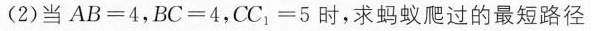
(2)当$$A B = 4$$，$$B C = 4$$，$$C C _ { 1 } = 5$$时，求蚂蚁爬过的最短路径